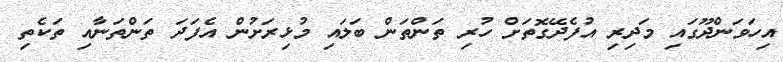
އިހަވަންދޫގައި މަދިރި އުފެދޭގޮތަށް ހުރި ތަންތަން ބަލައި މުޅިރަށުން އެފަދަ ތަންތަނާއި ތަކެތި